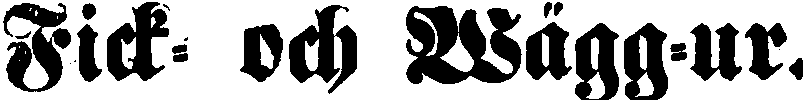
Fick- och Wägg-ur.